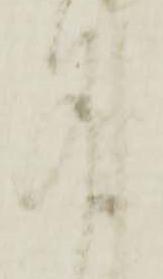
謹